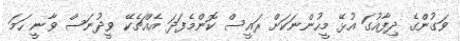
ވަގުންގެ ދިފާއުގަ އުޅޭ މީހުންނަކަށް ރައީސް ކޮންމެފަދަ އެއްޗެކޭ ވީދުނަސް ވާނީ ހަމަ